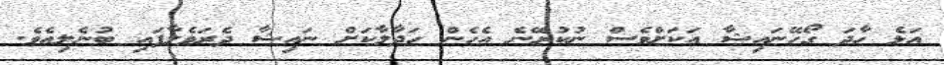
އަޅެ ހާދަ ގޯހޭނައިޝާ އަކަށްވެސް ނުކުރޭނެ އެހެން ހަދާލާކަށް ނައިޝާ ދެރަވެލާފައި ބުނެލިއެވެ.